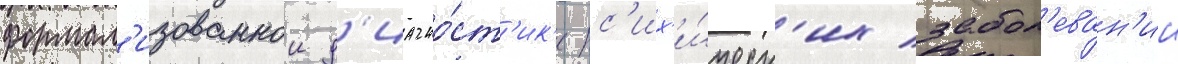
формал'изованнои д'иагно́ст'ик'е пс'их'и́ческ'их забол'еван'ии